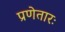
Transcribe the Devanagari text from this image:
प्रणेतारः